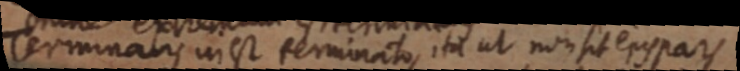
Terminans in est terminato, ita ut non sit ejus pars